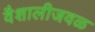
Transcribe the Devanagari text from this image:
वैशालीजवळ